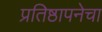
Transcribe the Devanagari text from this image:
प्रतिष्ठापनेचा